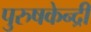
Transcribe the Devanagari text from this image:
पुरुषकेन्द्री